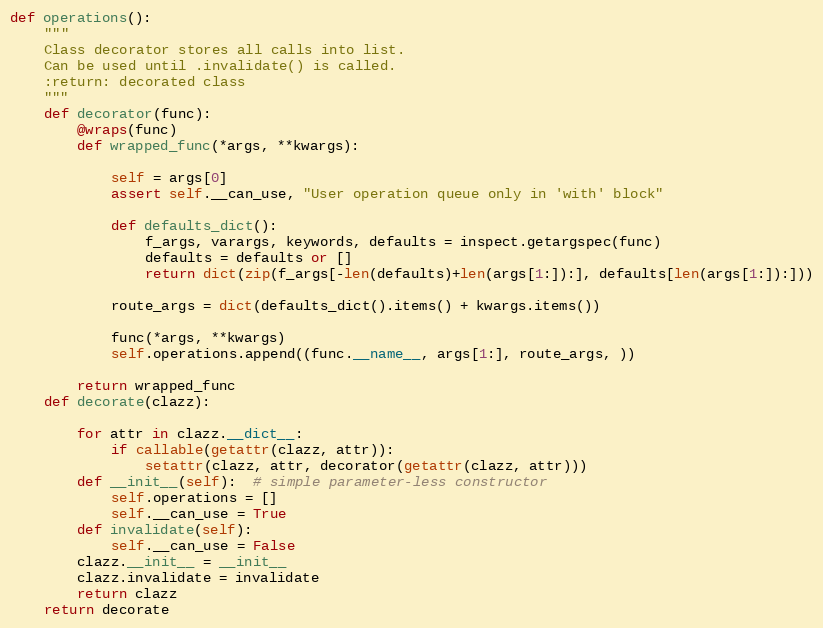
Language: Python
def operations():
    """
    Class decorator stores all calls into list.
    Can be used until .invalidate() is called.
    :return: decorated class
    """
    def decorator(func):
        @wraps(func)
        def wrapped_func(*args, **kwargs):

            self = args[0]
            assert self.__can_use, "User operation queue only in 'with' block"

            def defaults_dict():
                f_args, varargs, keywords, defaults = inspect.getargspec(func)
                defaults = defaults or []
                return dict(zip(f_args[-len(defaults)+len(args[1:]):], defaults[len(args[1:]):]))

            route_args = dict(defaults_dict().items() + kwargs.items())

            func(*args, **kwargs)
            self.operations.append((func.__name__, args[1:], route_args, ))

        return wrapped_func
    def decorate(clazz):

        for attr in clazz.__dict__:
            if callable(getattr(clazz, attr)):
                setattr(clazz, attr, decorator(getattr(clazz, attr)))
        def __init__(self):  # simple parameter-less constructor
            self.operations = []
            self.__can_use = True
        def invalidate(self):
            self.__can_use = False
        clazz.__init__ = __init__
        clazz.invalidate = invalidate
        return clazz
    return decorate